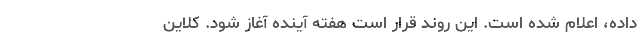
داده، اعلام شده است. این روند قرار است هفته آینده آغاز شود. کلاین